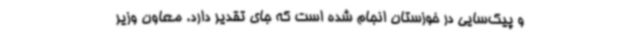
و پیک‌سایی در خوزستان انجام شده است که جای تقدیر دارد. معاون وزیر